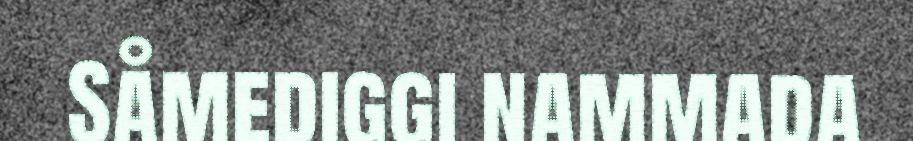
Såmediggi nammada